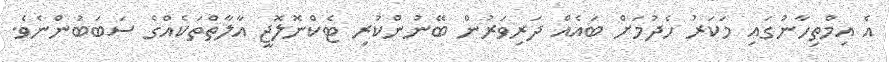
އެ އިމްތިހާނުގައި މަކަރު ހެދުމަށް ބައެއް ދަރިވަރުން ބޭނުންކުރި ޓެކްނޮލޮޖީ އާލާތްތަކެއްގެ ސަބަބުންނެވެ.